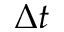
\Delta t